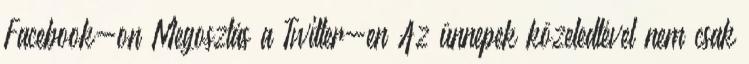
Facebook-on Megosztás a Twitter-en Az ünnepek közeledtével nem csak